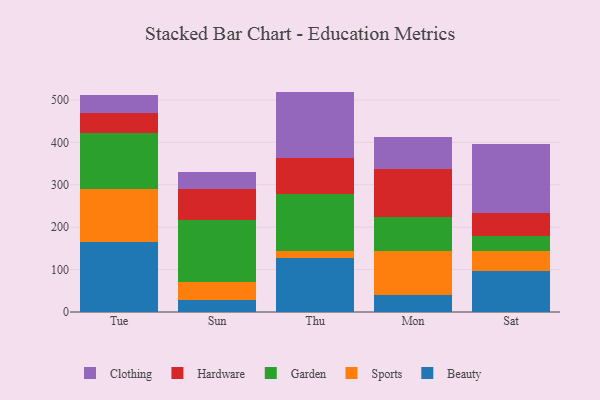
{"axis": {"x": "Day", "y": "Bounce Rate (%)"}, "legend": ["Beauty", "Clothing", "Garden", "Hardware", "Sports"], "data": [{"x": "Tue", "y": 166.0, "type": "Beauty"}, {"x": "Tue", "y": 124.0, "type": "Sports"}, {"x": "Tue", "y": 131.7, "type": "Garden"}, {"x": "Tue", "y": 47.9, "type": "Hardware"}, {"x": "Tue", "y": 41.3, "type": "Clothing"}, {"x": "Sun", "y": 28.3, "type": "Beauty"}, {"x": "Sun", "y": 42.3, "type": "Sports"}, {"x": "Sun", "y": 145.2, "type": "Garden"}, {"x": "Sun", "y": 74.9, "type": "Hardware"}, {"x": "Sun", "y": 39.1, "type": "Clothing"}, {"x": "Thu", "y": 128.0, "type": "Beauty"}, {"x": "Thu", "y": 15.1, "type": "Sports"}, {"x": "Thu", "y": 135.7, "type": "Garden"}, {"x": "Thu", "y": 84.5, "type": "Hardware"}, {"x": "Thu", "y": 156.2, "type": "Clothing"}, {"x": "Mon", "y": 40.4, "type": "Beauty"}, {"x": "Mon", "y": 102.3, "type": "Sports"}, {"x": "Mon", "y": 82.2, "type": "Garden"}, {"x": "Mon", "y": 112.2, "type": "Hardware"}, {"x": "Mon", "y": 74.5, "type": "Clothing"}, {"x": "Sat", "y": 97.1, "type": "Beauty"}, {"x": "Sat", "y": 45.8, "type": "Sports"}, {"x": "Sat", "y": 35.4, "type": "Garden"}, {"x": "Sat", "y": 56.1, "type": "Hardware"}, {"x": "Sat", "y": 161.0, "type": "Clothing"}]}